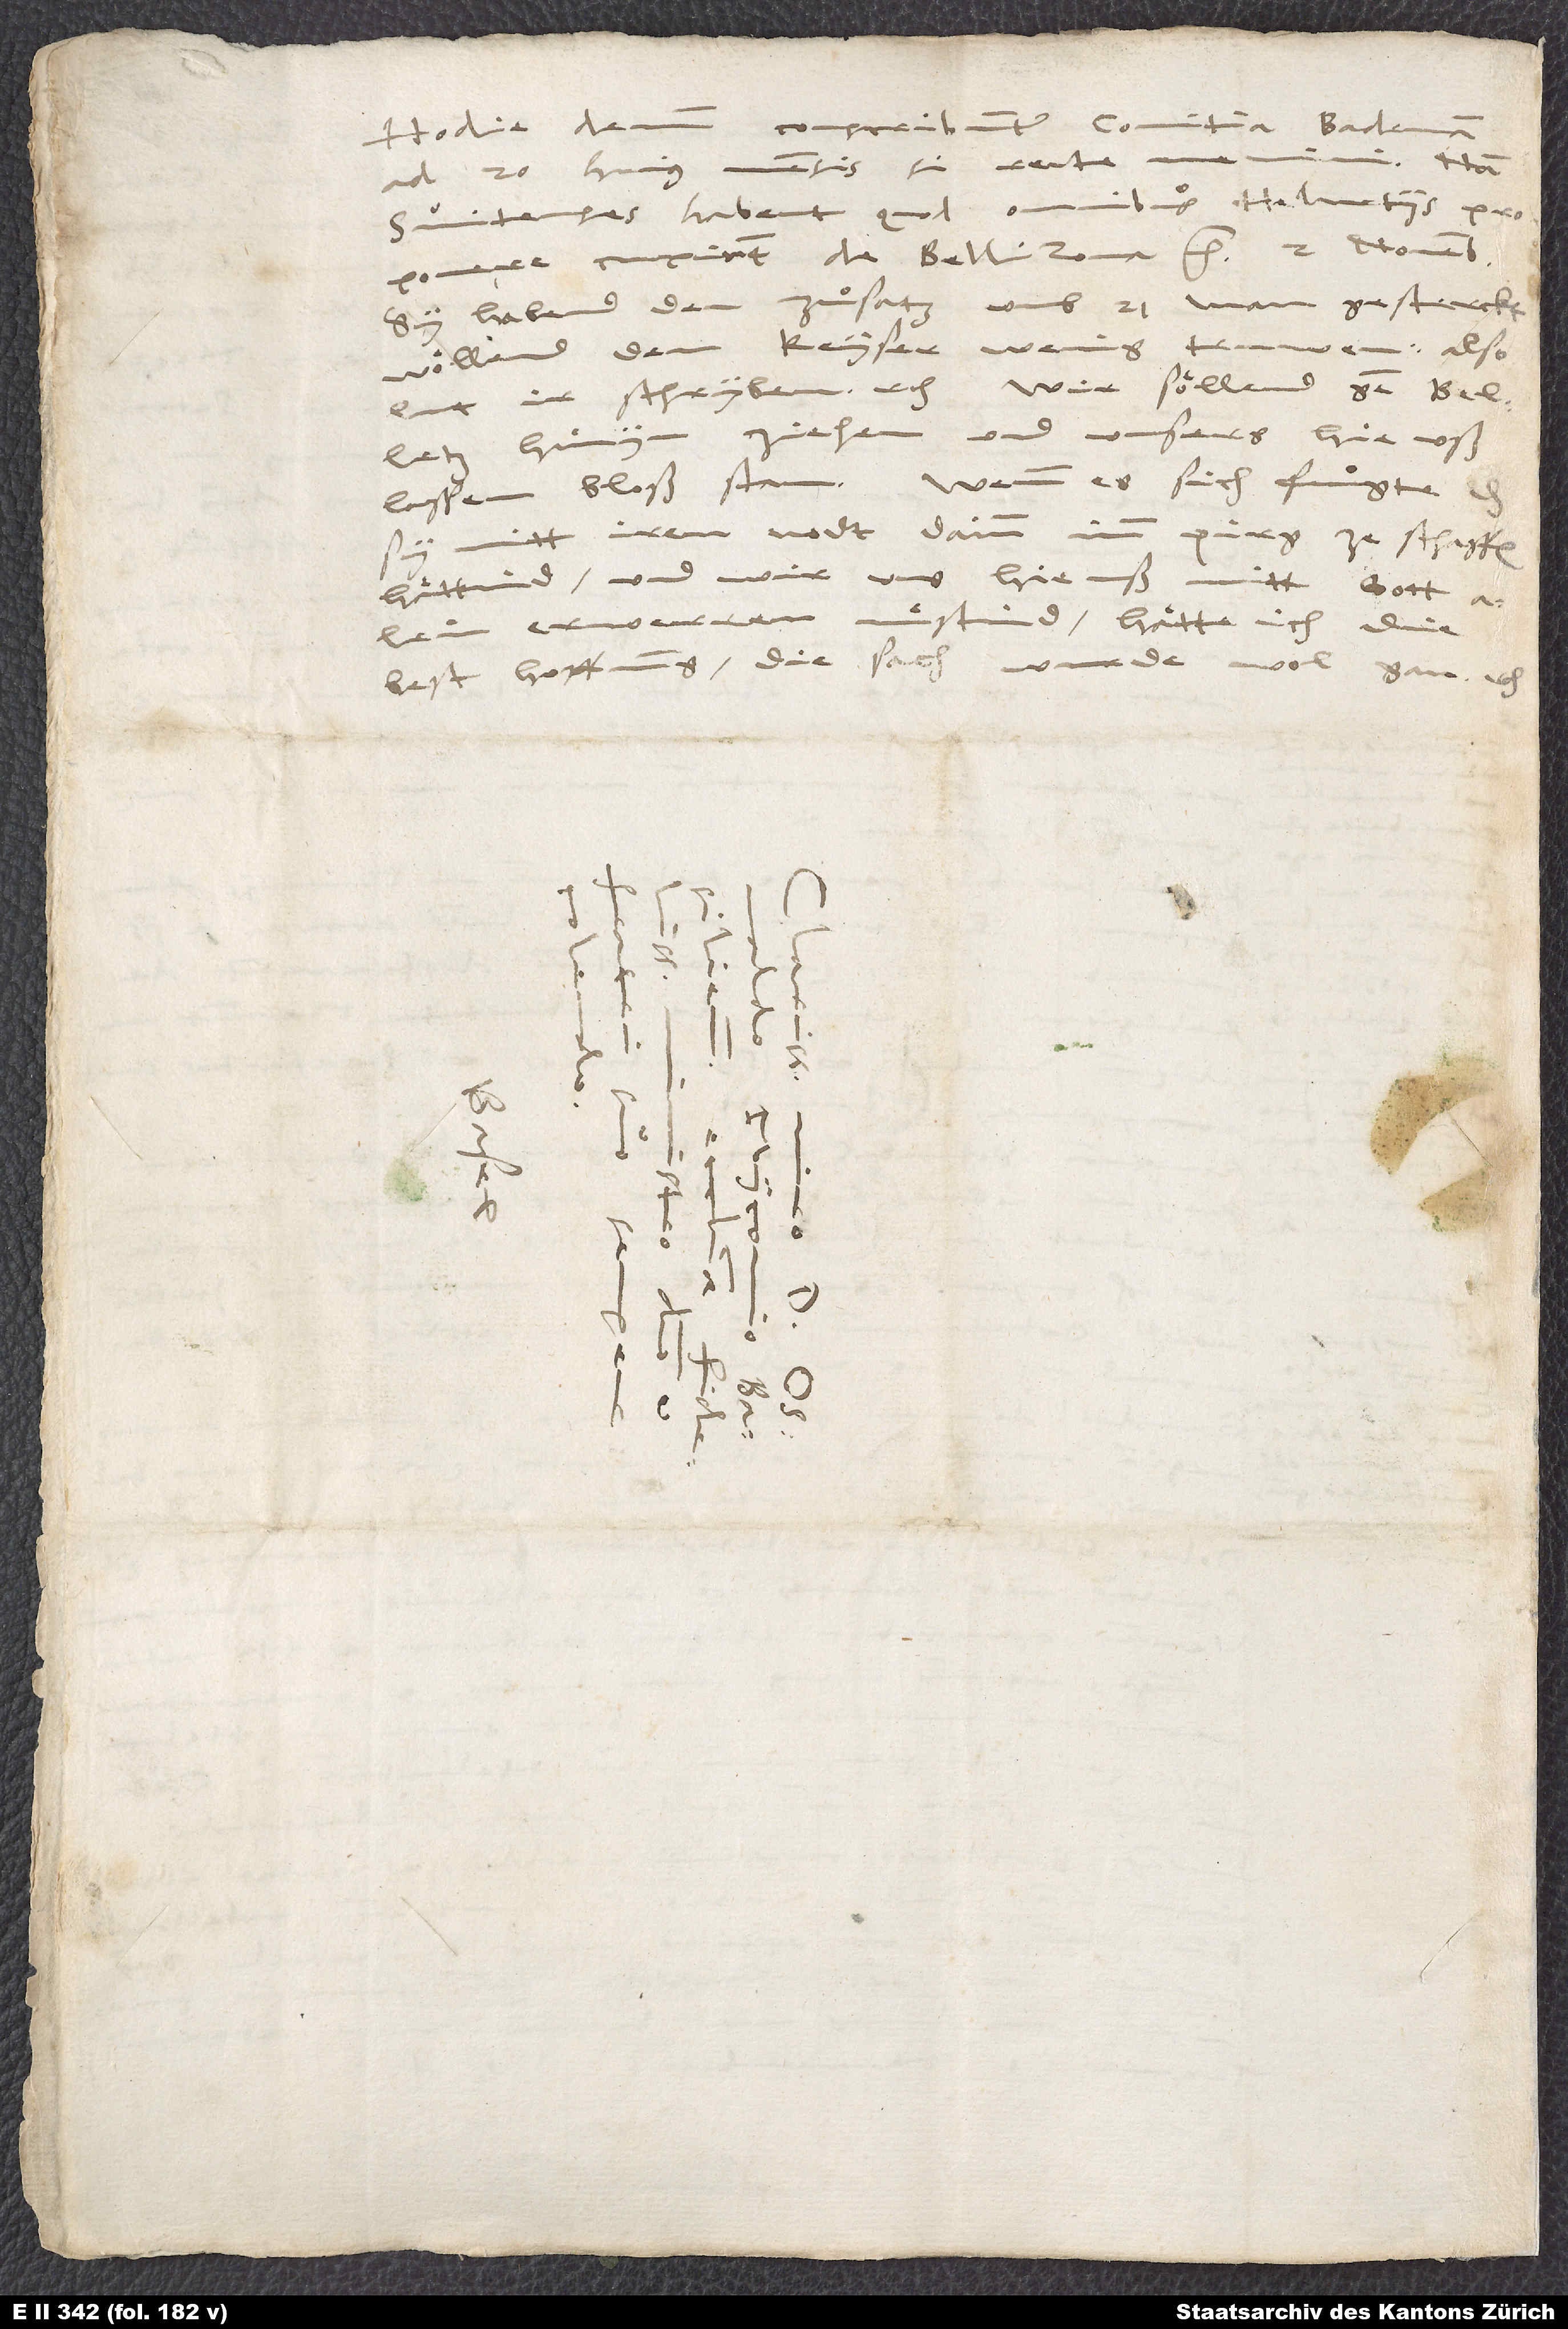
Hodie demum conscribuntur comitia Badenam
nam
ad 20. huius mensis, si recte
Svitenses habent, quod omnibus Helvetiis
proponere cupiant de Bellizona, etc. 2. novembris.
Sy habend den zuͦsatz umb 21 man gesterckt.
Wöllend dem keyser wenig truwen: Also
lut ir schryben, etc. Wir söllend gen Belletz
hinyn ziehen und unsers hie uß
lassen bloß stan. Wenn es sich fuͦgte, das
mitt iren nodt (dainn imm pirg) ze schaffen
hättind, und wir uns hie uß mitt gott alein
erweren muͤstind, hätte ich die
best hoffnung, die sach wurde wol gan, etc.
d.
S.